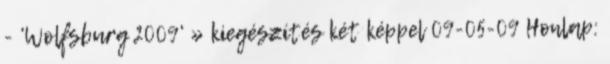
- 'Wolfsburg 2009' » kiegészítés két képpel 09-05-09 Honlap: